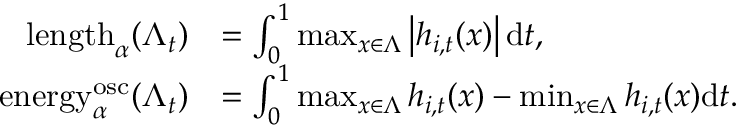
\begin{array} { r l } { \mathrm { l e n g t h } _ { \alpha } ( \Lambda _ { t } ) } & { = \int _ { 0 } ^ { 1 } \operatorname* { m a x } _ { x \in \Lambda } \left| h _ { i , t } ( x ) \right| \mathrm { d } t , } \\ { \mathrm { e n e r g y } _ { \alpha } ^ { \mathrm { o s c } } ( \Lambda _ { t } ) } & { = \int _ { 0 } ^ { 1 } \operatorname* { m a x } _ { x \in \Lambda } h _ { i , t } ( x ) - \operatorname* { m i n } _ { x \in \Lambda } h _ { i , t } ( x ) \mathrm { d } t . } \end{array}